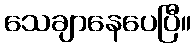
သေချာနေပေပြီ။